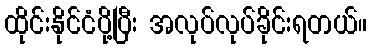
ထိုင်းနိုင်ငံပို့ပြီး အလုပ်လုပ်ခိုင်းရတယ်။